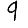
Digit: 9